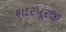
શારપૂરજી